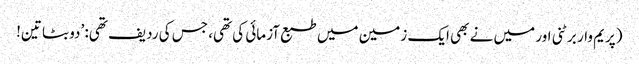
(پریم وار برٹنی اور میں نے بھی ایک زمین میں طبع آزمائی کی تھی، جس کی ردیف تھی: ’دو بٹا تین!